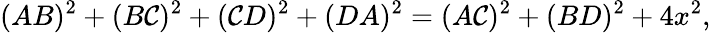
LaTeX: (AB)^{2}+(B\mathcal{C})^{2}+(\mathcal{C}D)^{2}+(DA)^{2}=(A\mathcal{C})^{2}+(BD)^{2}+4x^{2},